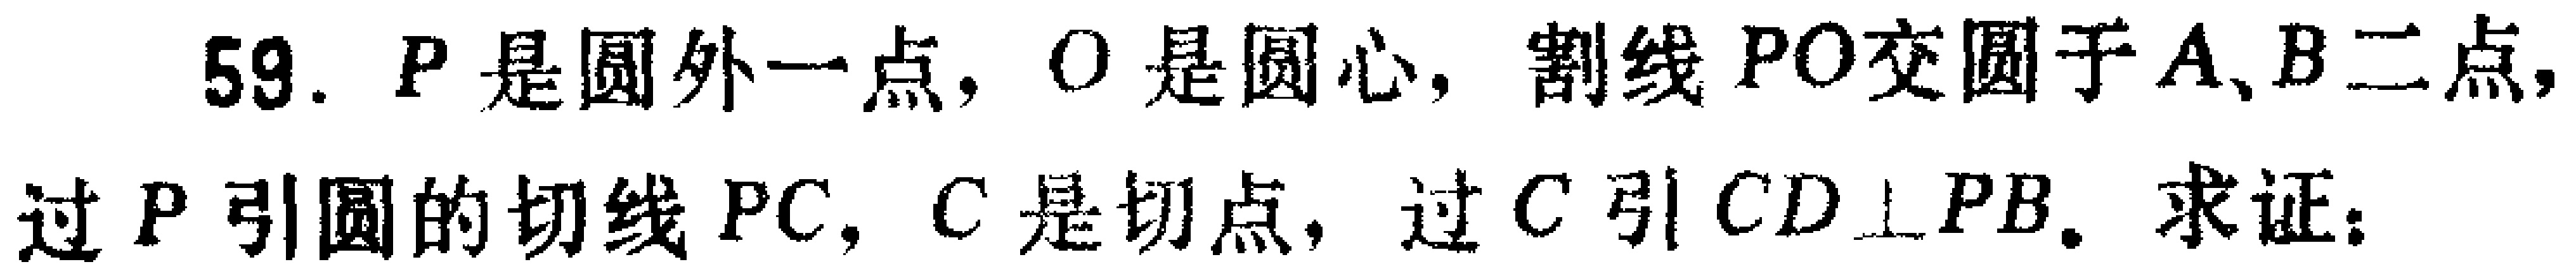
59. \(P\)是圆外一点，\(O\)是圆心，割线\(PO\)交圆于\(A、B\)二点，过\(P\)引圆的切线\(PC\)，\(C\)是切点，过\(C\)引\(CD\perp PB\)。求证：